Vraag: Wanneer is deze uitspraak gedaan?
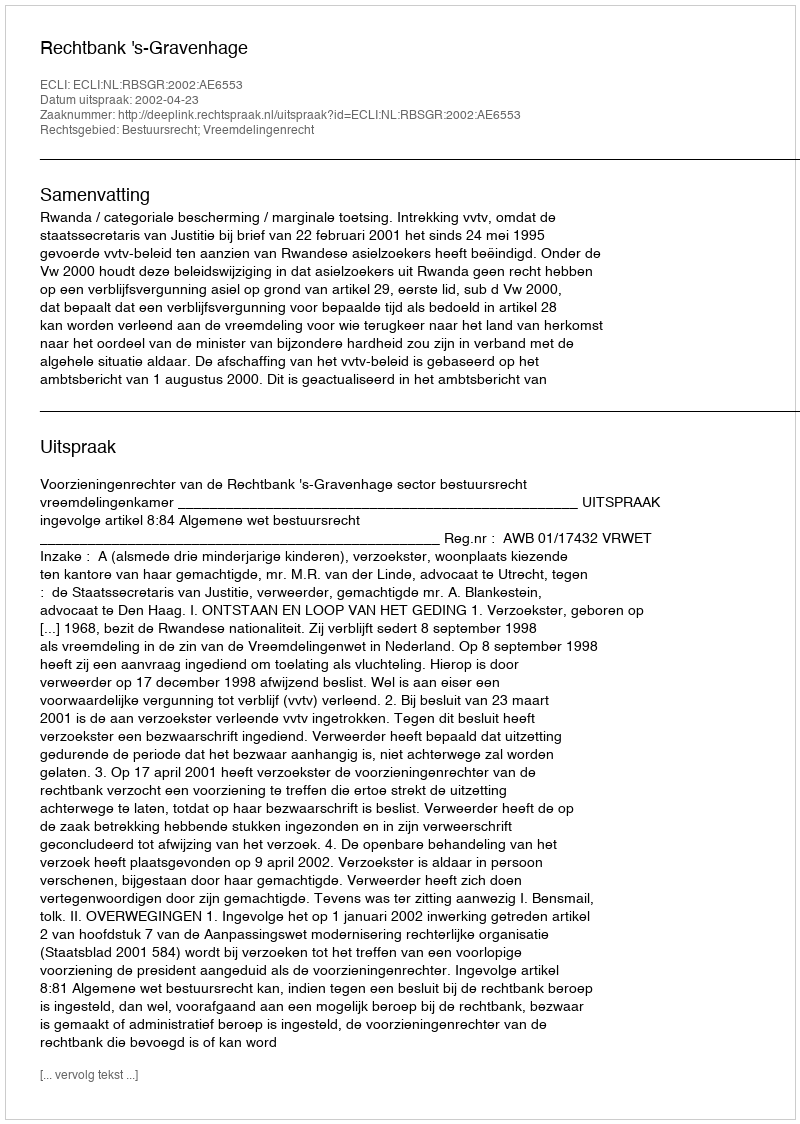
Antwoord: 2002-04-23